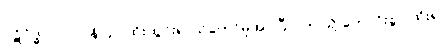
ပဋိဝိဒ္ဓါ၊ [၀၁] (နိ၊ ၃) ထိုးထွင်း၍ သိတော်မူအပ်ပြီ။ [ဤသို့ ကောင်းစွာ ထိုး၍